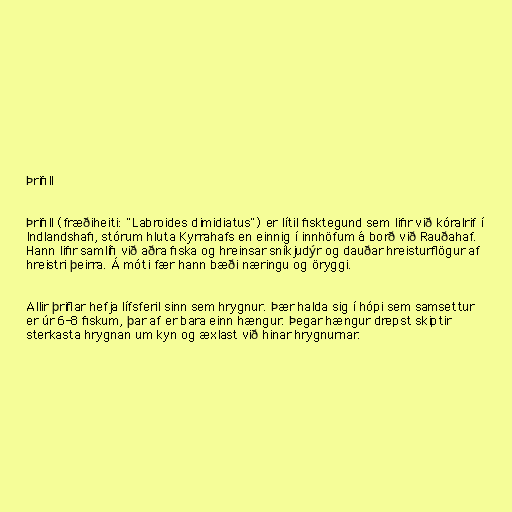
Þrifill

Þrifill (fræðiheiti: "Labroides dimidiatus") er lítil fisktegund sem lifir við kóralrif í
Indlandshafi, stórum hluta Kyrrahafs en einnig í innhöfum á borð við Rauðahaf.
Hann lifir samlífi við aðra fiska og hreinsar sníkjudýr og dauðar hreisturflögur af
hreistri þeirra. Á móti fær hann bæði næringu og öryggi.

Allir þriflar hefja lífsferil sinn sem hrygnur. Þær halda sig í hópi sem samsettur
er úr 6-8 fiskum, þar af er bara einn hængur. Þegar hængur drepst skiptir
sterkasta hrygnan um kyn og æxlast við hinar hrygnurnar.